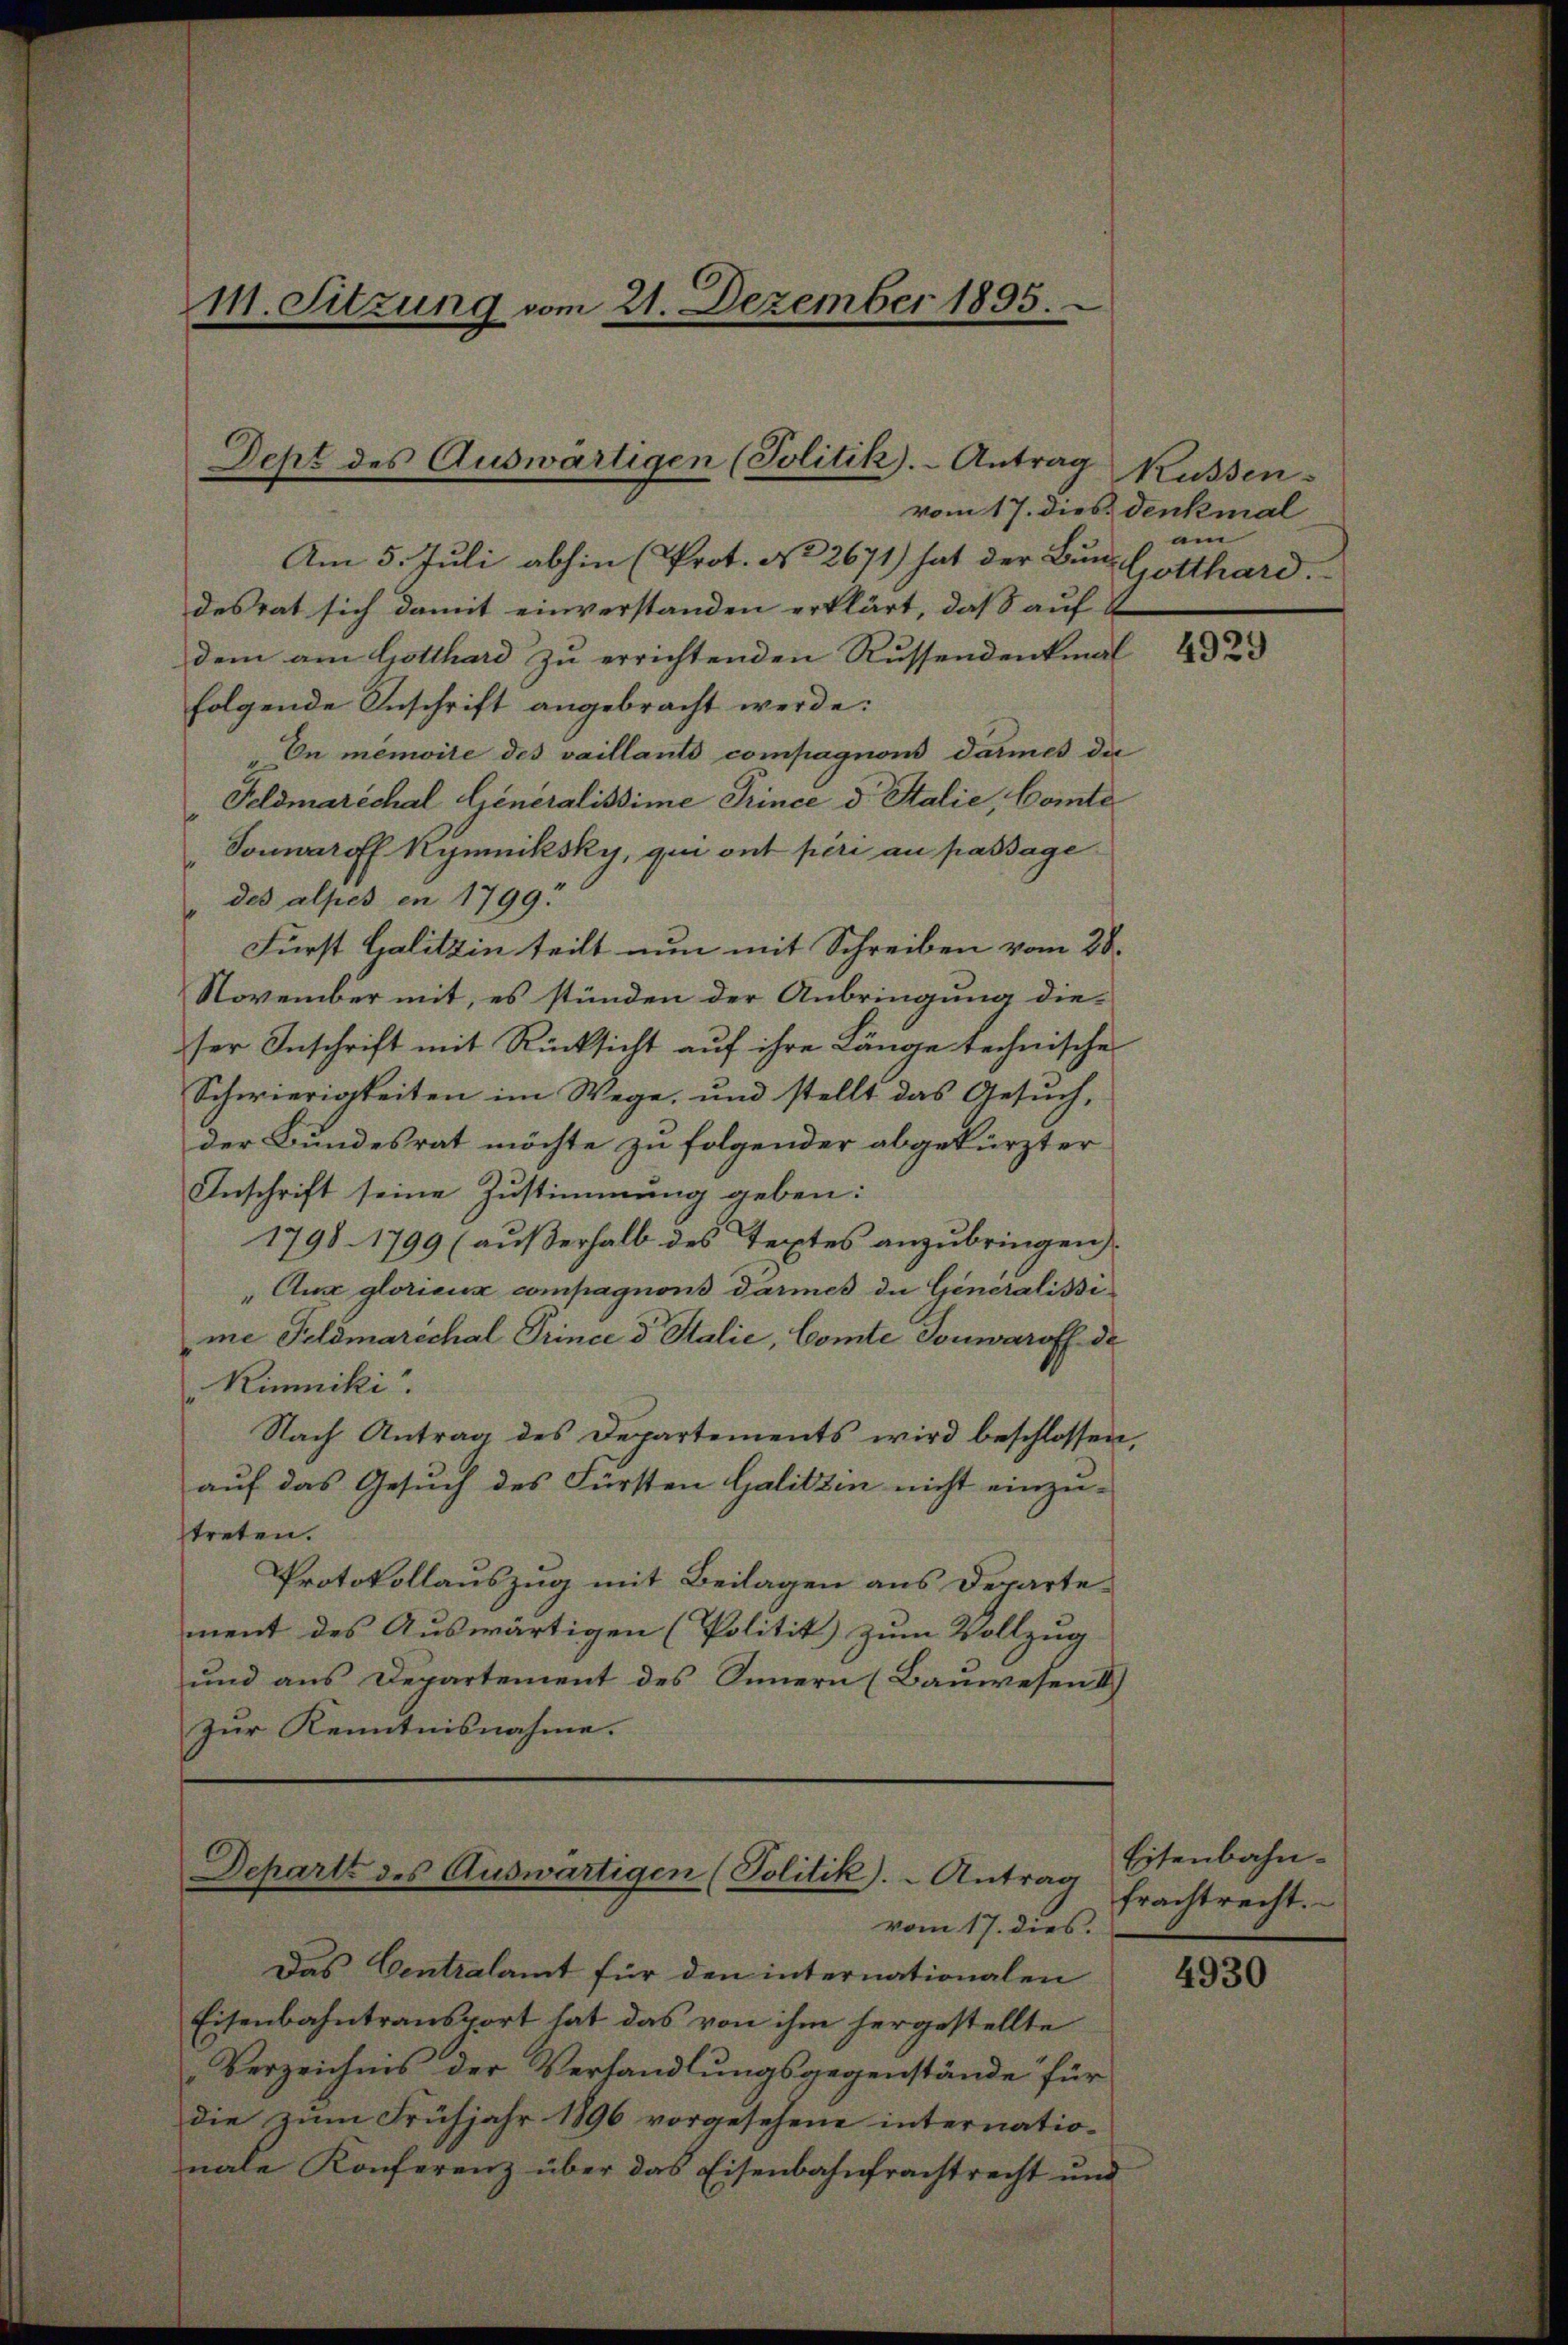
M. Sitzung vom 21. Dezember 1895.

Dept des Auswärtigen (Politik).- Antrag

Am 5. Juli abhin (Prot. No 2671) hat der Bun-
desrat sich damit einverstanden erklärt, daß auf
dem am Gotthard zu errichtenden Russendenkmal
folgende Anschrift angebracht werde:
En memoite des vaillants compagnons darmes die
Feldmarschal Generalissime Prince d. Stalie, Comte
e
Sonnaroff Kymniksky, qui ont péri au passage
" des alpes en 1799.
Fürst Galitzin teilt nun mit Schreiben vom 28.
November mit, es stünden der Anbringung die-
ser Inschrift mit Rücksicht auf ihre Länge technische
Schwierigkeiten im Wege, und stellt das Gesuch,
der Bundesrat möchte zu folgender abgekürzter
Inschrift seine Zustimmung geben:
1798. 1799 (außerhalb des Textes anzubringen
"Aux glorieux compagnons darmes die Generalisi
me Feldmarschal Prince d. Stalie, Comte Touwaroff de
Kimniki.
Nach Antrag des Departements wird beschlossen,
auf das Gesuch des Fürsten Galitzin nicht einzu-
treten.
Protokollauszug mit Beilagen aus Departement des Auswärtigen (Politik zum Vollzug
und aus Departement des Innern (Bauwesen I
Zur Kenntnisnahme.

Departe des Auswärtigen (Politik. - Antrag

vom 17. dies.
Das Centralamt für den internationalen
Eisenbahntransport hat das von ihm hergestellte
Verzeichnis der Verhandlungsgegenstände für
die zum Frühjahr 1896 vorgesehene internatio-
nale Konferenz über das Eisenbahnfrachtrecht und

Küssen.
vom 17. dies denkmal
am
Gotthard.

4929

Eisenbahnfrachtrecht.

4930